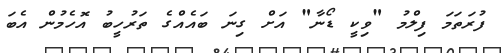
ފުރަތަމަ ފިލްމު "ވިކީ ޑޯނާ" އަށް ގިނަ ބައެއްގެ ތަރުހީބު އޮހެމުން އެބަ